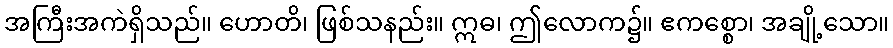
အကြီးအကဲရှိသည်။ ဟောတိ၊ ဖြစ်သနည်း။ ဣဓ၊ ဤလောက၌။ ဧကစ္စော၊ အချို့သော။